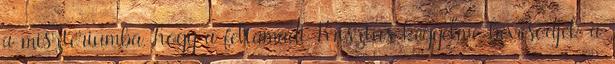
a misztériumba, hogy a feltámadt Krisztus kegyelme bevésődjék a